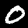
Label: 0